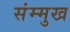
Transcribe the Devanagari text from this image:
संम्मुख